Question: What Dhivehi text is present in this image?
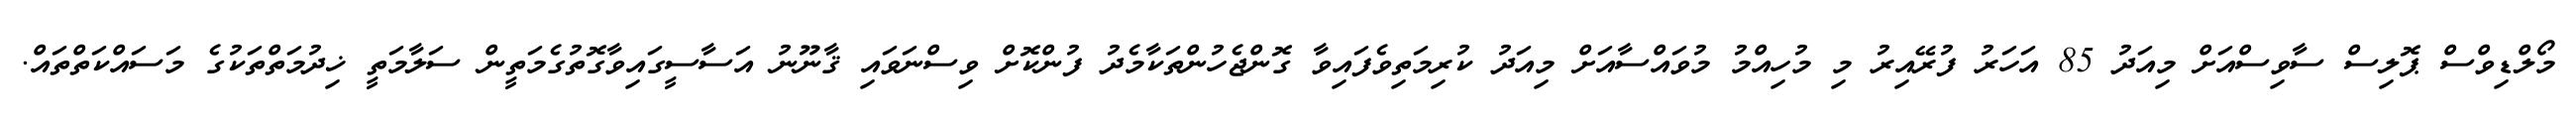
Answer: މޯލްޑިވްސް ޕޮލިސް ސާވިސްއަށް މިއަދު 85 އަހަރު ފުރޭއިރު މި މުހިއްމު މުވައްސާއަށް މިއަދު ކުރިމަތިވެފައިވާ ގޮންޖެހުންތަކާމެދު ފުންކޮށް ވިސްނަވައި ޤާނޫނު އަސާސީގައިވާގޮތުގެމަތީން ސަލާމަތީ ޚިދުމަތްތަކުގެ މަސައްކަތްތައް.